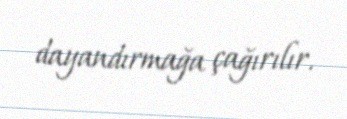
dayandırmağa çağırılır.